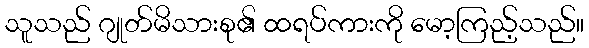
သူသည် ဂျုတ်မိသားစု၏ ထရပ်ကားကို မော့ကြည့်သည်။